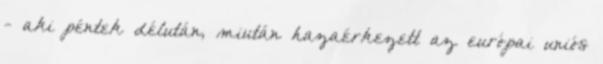
- aki péntek délután, miután hazaérkezett az európai uniós